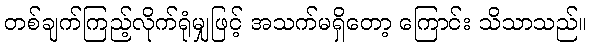
တစ်ချက်ကြည့်လိုက်ရုံမျှဖြင့် အသက်မရှိတော့ ကြောင်း သိသာသည်။